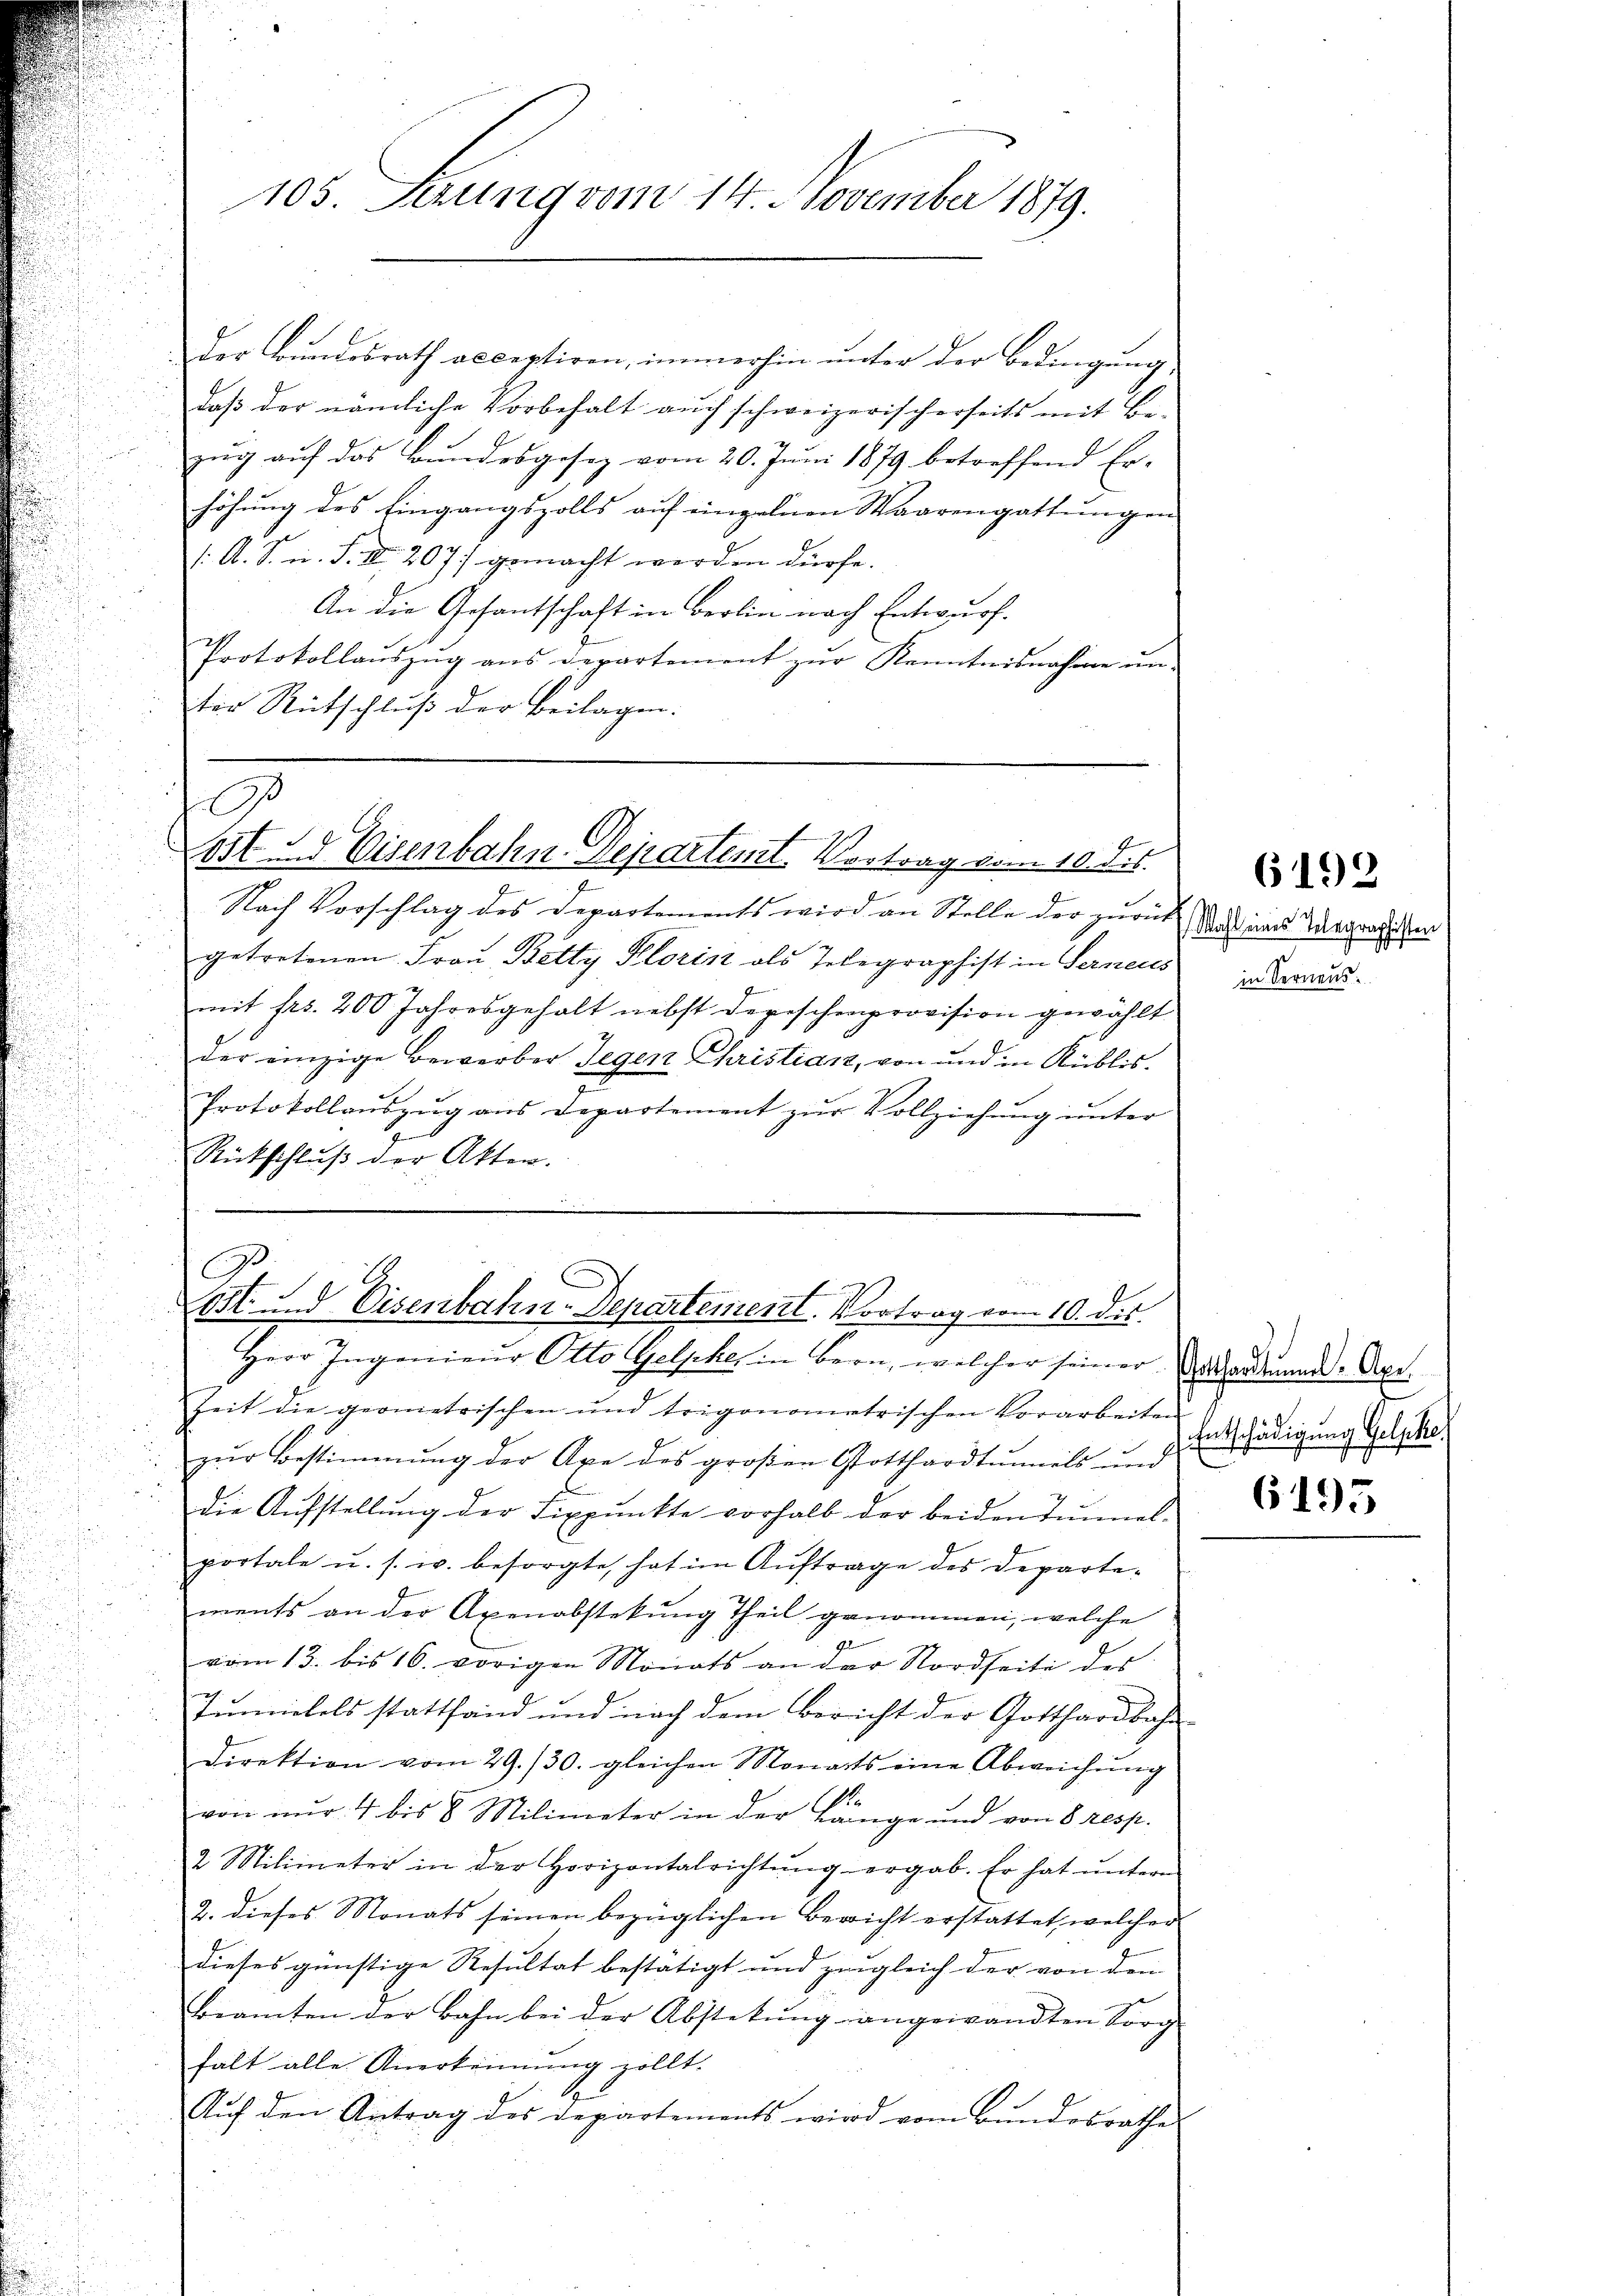
105. Seung vom 14. November 1879.

der Bundesrath acceptiren, immerhin unter der Bedingung
daß der nämliche Vorbehalt auch schweizerischerseits mit Bezug auf das Bundesgesez vom 20. Juni 1879 betreffend Er-
höhung des Eingangszolls auf einzelnen Waarengattungen
1. A. S. n. F. II 207/ gemacht werden dürfe.
An die Gesantschaft in Berlin nach Entwurf.
Protokollaŭszŭg ans Departement zŭr Kenntnisnahme un-
ter Rutschluß der Beilagen.

93
ost und Eisenbahn-Departemt. Vortrag vom 10. ds.

Nach Vorschlag des Departements wird an Stelle der zurück das eines Vergrat den
getretenen Frau Betty Plorin als Telegraphist in Ferneus
mit frs. 200 Jahresgehalt nebst Depeschenprovision gewählt
der einzige Bewerber Gegen Christian, von und in Küblis.
.
Protokollaŭszŭg ans Departement zŭr Vollziehŭng ŭnter
J
Rückschluß der Akten.

A

t- und Eisenbahn-Departement. Vortrag vom 10. dis.

Herr Ingenieŭr Otto Gelsches in Bern, welcher seiner Anordnungde-Axe
Zeit die geometrischen und trigonometrischen Vorarbeiten
zur Bestimmung der Axe des großen Gotthardtunnels und
die Aufstellung der Fixpunkte vorhalb der beiden Tunnel-
portale u. s. w. besorgte, hat im Auftrage des Departewents an der Axenabstekung Theil genommen, welche
vom 13. bis 16. vorigen Monats an der Nordseite des
Junnickels stattfand und nach dem Bericht der Gotthardbahn-
Direktion vom 29./30. gleichen Monats eine Abweichŭng
.
von nur 4 bis 8 Milimeter in der Länge und von 8 resp.
2 Milimeter in der Horizontalrichtŭng ergab. Er hat ŭnterm
2. dieses Monats seinen bezüglichen Bericht erstattet, welcher
dieses günstige Resultat bestätigt und zugleich der von den
Beamten der Bahn bei der Abstekŭng angewandten Sorg
falt alle Anerkennung zollt.
Aŭf den Antrag des Departements wird vom Bŭndesrathe

in Ferneus

6192

Entschädigung Gelpke,

6195